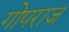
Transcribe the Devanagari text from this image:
गोपराज